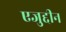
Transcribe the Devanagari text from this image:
एजुद्दीन